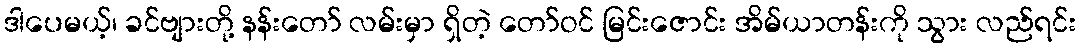
ဒါပေမယ့်၊ ခင်ဗျားတို့ နန်းတော် လမ်းမှာ ရှိတဲ့ တော်ဝင် မြင်းဇောင်း အိမ်ယာတန်းကို သွား လည်ရင်း